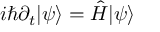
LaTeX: i \hbar \partial _ { t } | \psi \rangle = { \hat { H } } | \psi \rangle